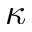
\mathcal { \kappa }